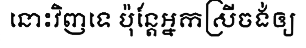
នោះវិញទេ ប៉ុន្តែអ្នកស្រីចង់ឲ្យ